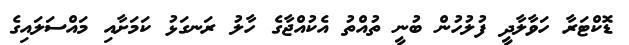
ޑޮކްޓަރާ ހަވާލާދީ ފުލުހުން ބުނީ ތުއްތު އެކުއްޖާގެ ހާލު ރަނގަޅު ކަމަށާއި މައްސަލައިގެ